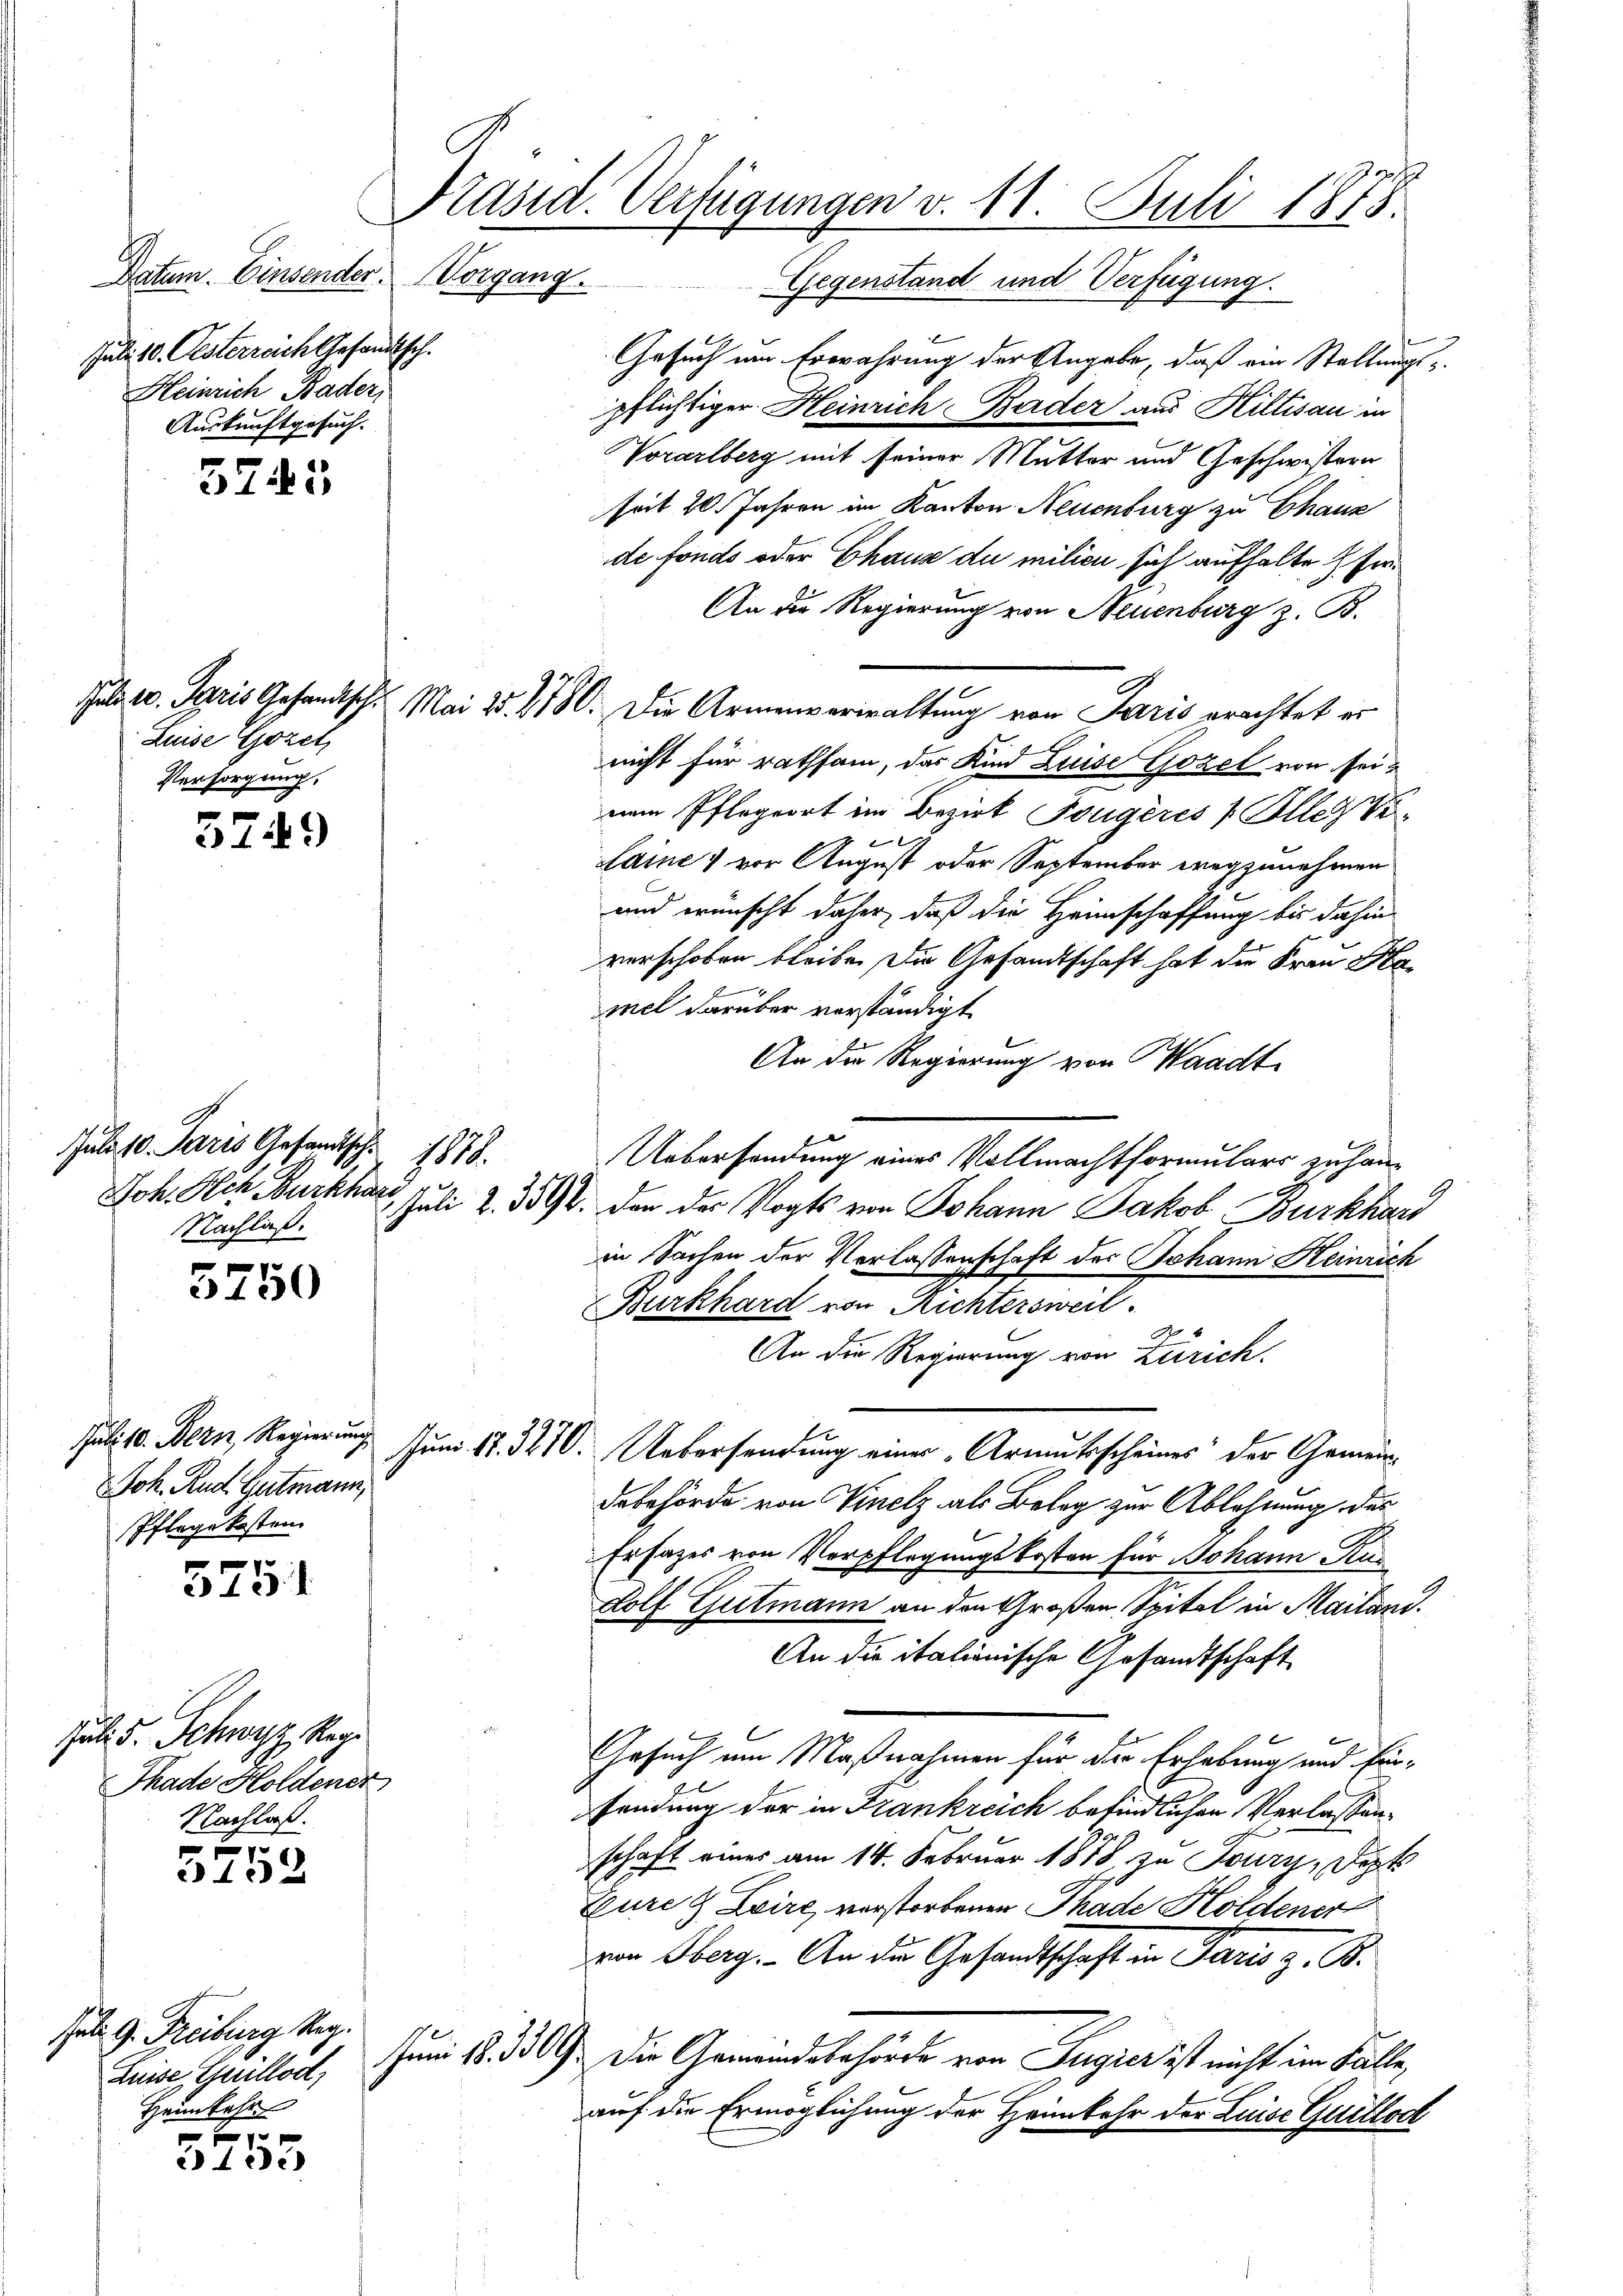
Datum. Einsender. Vorgang.
Juli 18. Oesterreich Gesandtsch.
Heinrich Bader
Auskunftgesuch.

3745

Luise Gorel,
Versorgung,

5749

x
2430)

5751

Juli d. Schwyz, Regi
Thade Holdener
Nachlaß.

xx
3132

Jul. G. Freiburg Reg.
Luise Grillod,
Heimkehr
7 F

3153

Präsid. Verfügungen v. 11. Juli 1875.
Gegenstand und Verfügung.

Juli 10. Paris Gesandtsch. 1878
Nachlaß.

Joh. Rud. Gutmann,
Pflege kosten.

Gesuch um Erwährung der Angabe, daß ein Stallungspflichtiger Heinrich Bader aus Hiltisau in
Vorarlberg mit seiner Mutter und Geschwistern
seit 20 Jahren im Kanton Neuenburg zu Chauz
de fonds oder Chaus du milieu sich aufhalte Er¬
An die Regierung von Neuenburg z. B.
Juli v. Paris Gesandtsch. Mai 25. 2180. Die Armenverwaltung von Paris erachtet ers
nicht für rathsam, das Kind Luise Gozel von seinum Pflegeort im Bezirk Dougeres 1 Alles de
saine vor August oder September wegzunehmen
und wünscht daher, daß die Heimschaffung bis dahin
verschoben bleiben die Gesandtschaft hat die Frau Homel darüber verständigt
An die Regierung von Waadt
Uebersendung eines Vollmachtformulars zu han¬
Joh. Hch. Burkhard Juli 2. 3592. der der Vogts von Johann Jakob Burkhard
in Sachen der Verlassenschaft des Johann Heinrich
Burkhard von Richtersweil.
An die Regierung von Zürich.
Juli 10. Bern, Regierung Juni 17. 3270. Uebersendung einer „Armutsscheines der Gemeindebehörde von Vinelz als Belag zur Ablehnung des
Ersatzes von Verpflegungskosten für Johann Ru¬
Lolf Gutmann an den Großen Spital in Mailani.
An die italionische Gesandtschaft
Gesuch um Maßnahmen für der Erhebung und Einsendung der in Frankreich befindlichen Verlassenschaft einer am 14. Februar 1878 zu Toury, Dot
Eure & Zwire, verstorbenen Thade Holdener
von Oberg. An die Gesandtschaft in Paris z. B.
Jum §. 309. Die Gemeindsbehörde von Tugier ist nicht im Falle
auf die Ermöglichung der Heimkehr der Luise Quellod